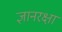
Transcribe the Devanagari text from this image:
ज्ञानरक्षा